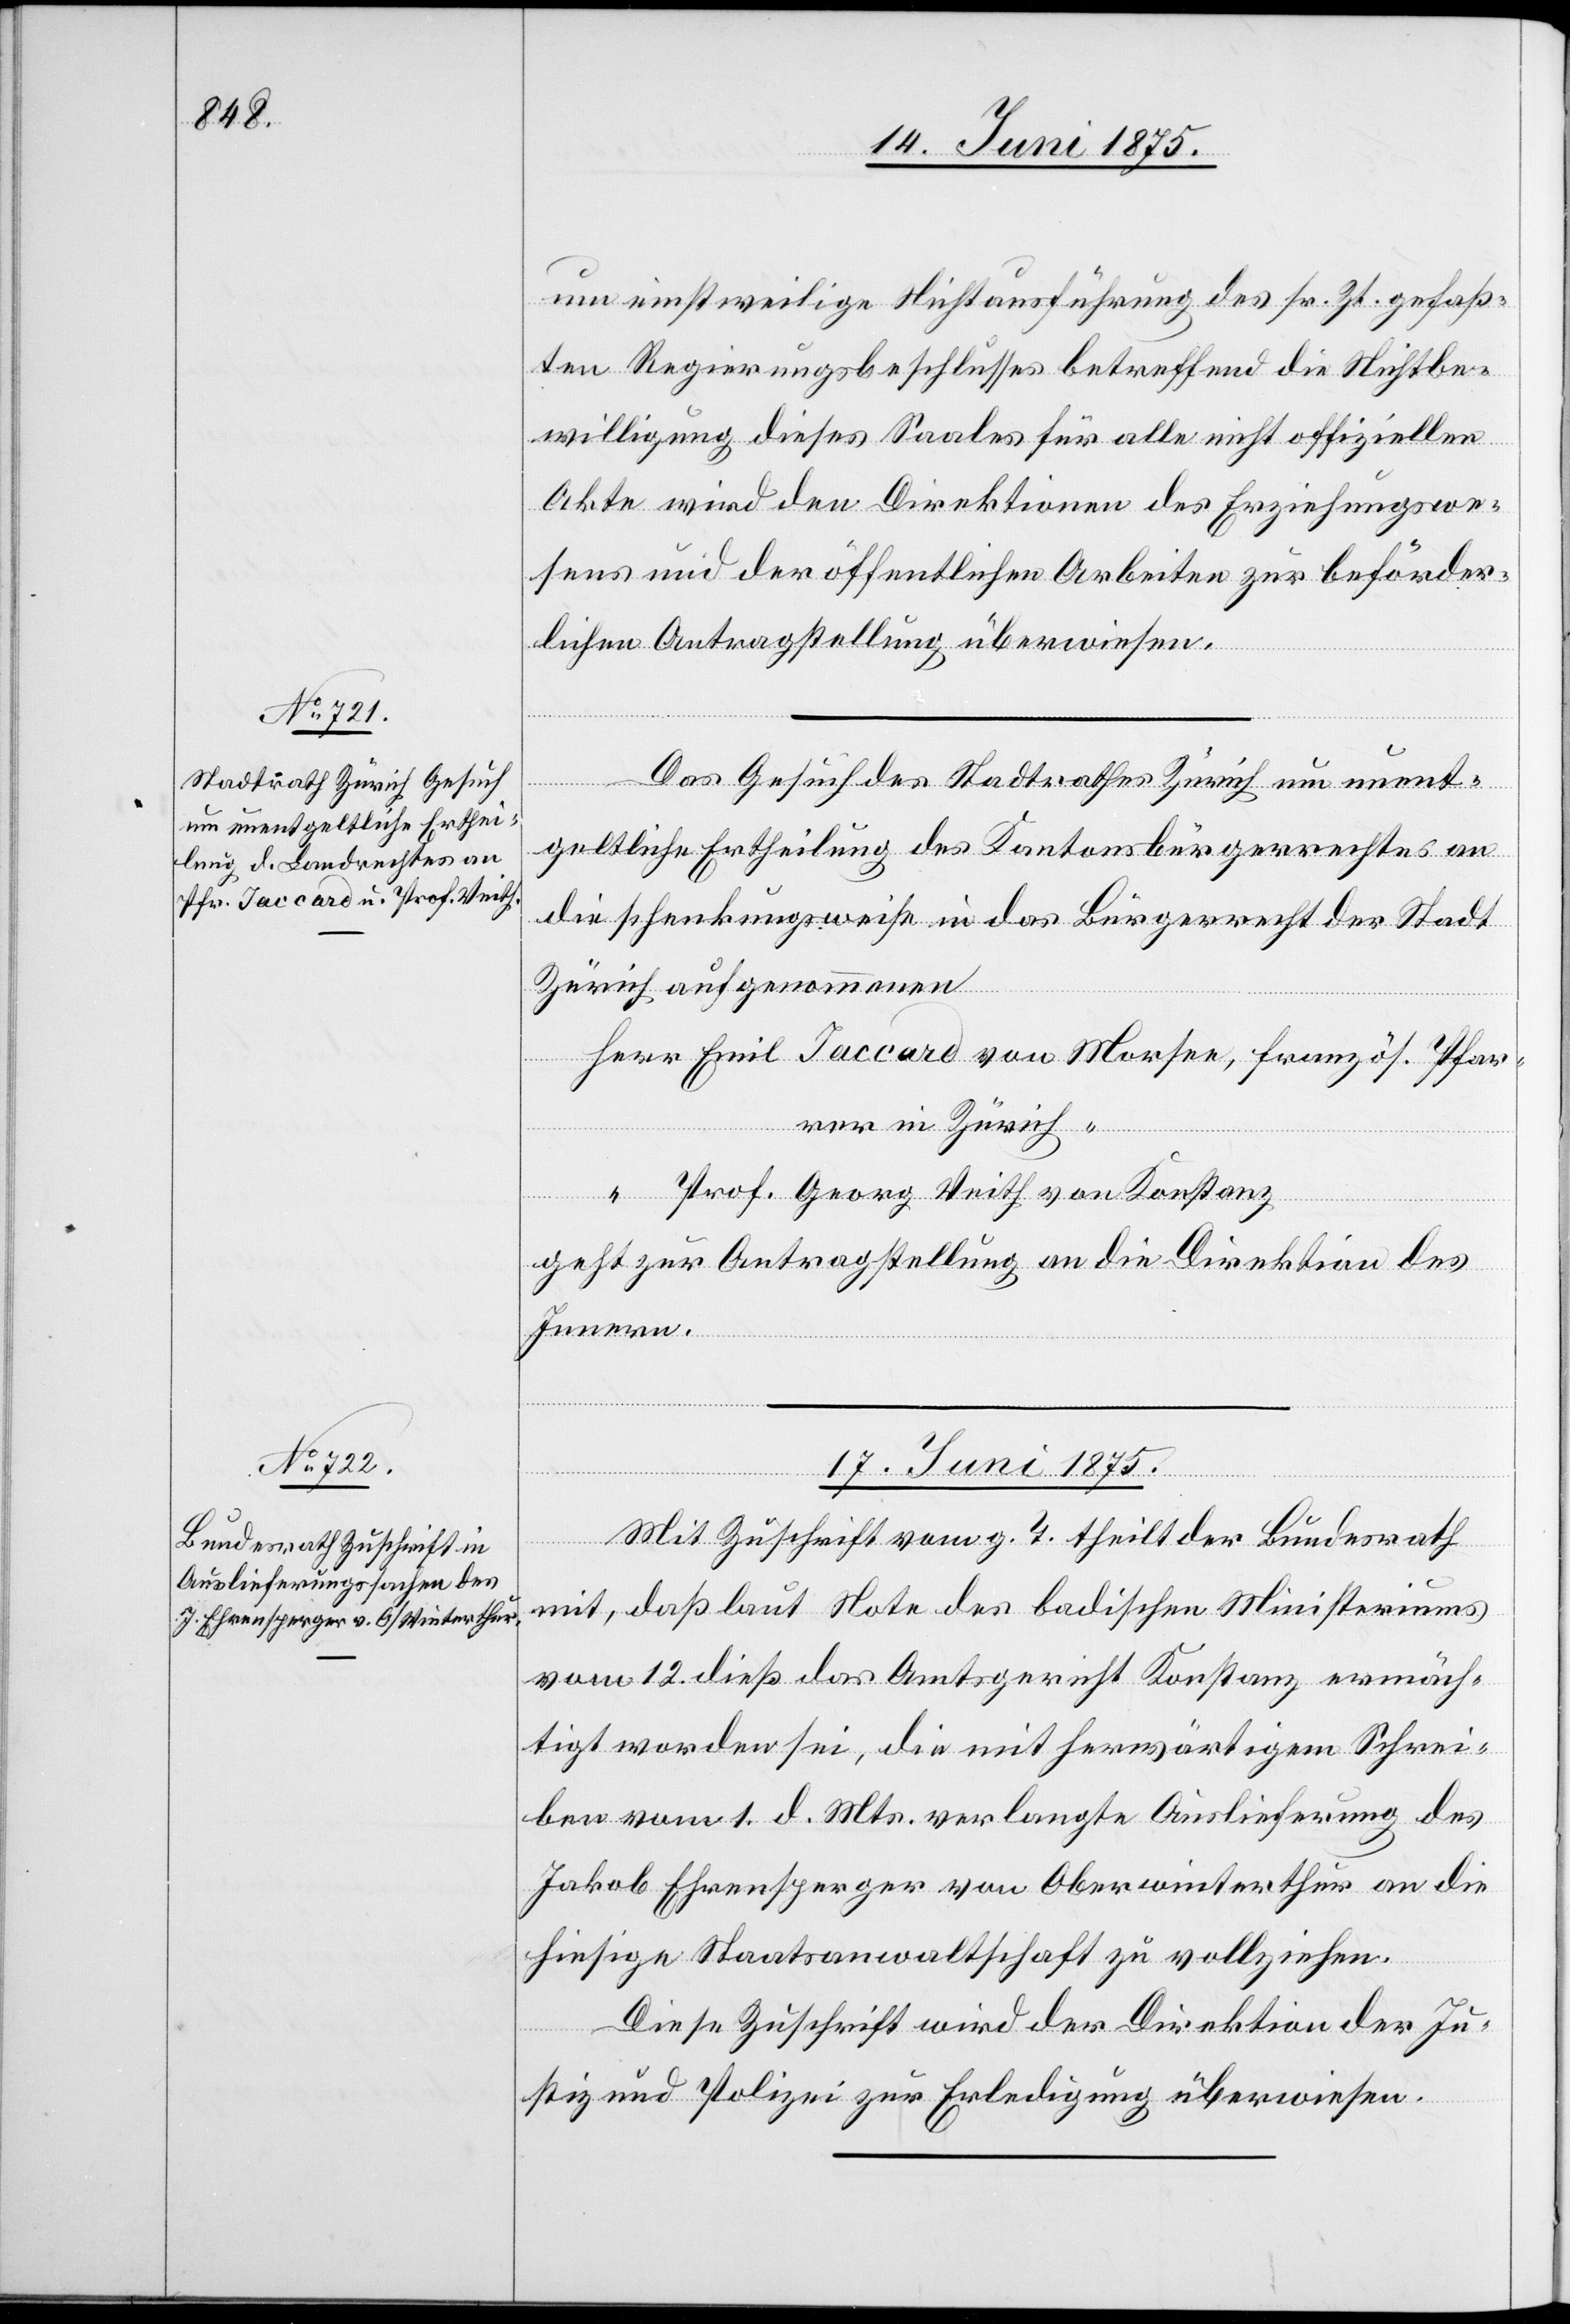
16. Juni 1875.]
um einstweilige Nichtausführung des sr. Zt. gefaß¬
ten Regierungsbeschlusses betreffend die Nichtbe¬
willigung dieses Saales für alle nicht offiziellen
Akte wird den Direktionen des Erziehungswe¬
sens und der öffentlichen Arbeiten zur beförder¬
lichen Antragstellung überwiesen.
Das Gesuch des Stadtrathes Zürich um unent¬
geltliche Ertheilung des Kantonsbürgerrechtes an
die schenkungsweise in das Bürgerrecht der Stadt
Zürich aufgenommenen
Emil Jaccard von Morsee, französ. Pfar¬
rer in Zürich
Prof. Georg Veith von Konstanz
geht zur Antragstellung an die Direktion des
Innern.
17. Juni 1875.
Mit Zuschrift vom g. T. theilt der Bundesrath
mit, daß laut Note des badischen Ministeriums
vom 12. dieß das Amtsgericht Konstanz ermäch¬
tigt worden sei, die mit herwärtigem Schrei¬
ben vom 1. d. Mts. verlangte Auslieferung des
Jakob Ehrensperger von Oberwinterthur an die
hiesige Staatsanwaltschaft zu vollziehen.
Herr
Diese Zuschrift wird der Direktion der Ju¬
stiz und Polizei zur Erledigung überwiesen.